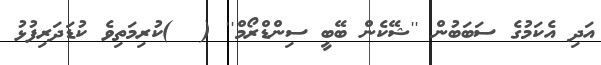
އަދި އެކަމުގެ ސަބަބުން ''ޝޭކެން ބޭބީ ސިންޑްރޯމް'' (  )ކުރިމަތިވެ ކުޑަދަރިފުޅު